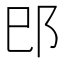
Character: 𰻠